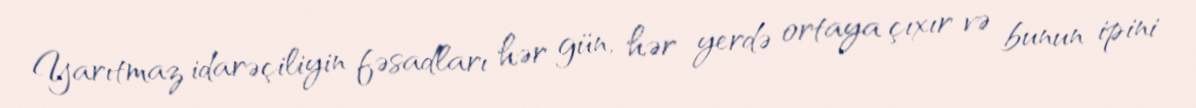
Yarıtmaz idarəçiliyin fəsadları hər gün, hər yerdə ortaya çıxır və bunun ipini